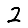
Digit: 2